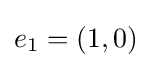
e_{1}=(1,0)